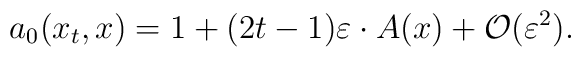
a_0(x_t,x)=1+(2t-1)\varepsilon \cdot A(x)+{\cal O}(\varepsilon ^2).